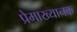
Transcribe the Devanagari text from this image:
प्रेमाख्यानक